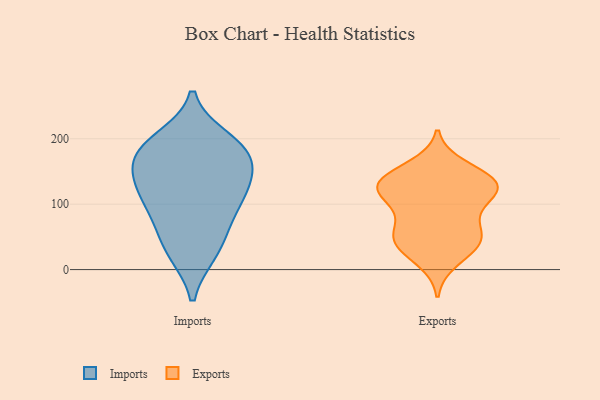
{"axis": {"x": "Website Visitors", "y": "Value"}, "legend": ["Exports", "Imports"], "data": [{"x": "", "y": 26, "type": "Imports"}, {"x": "", "y": 116, "type": "Imports"}, {"x": "", "y": 121, "type": "Imports"}, {"x": "", "y": 74, "type": "Imports"}, {"x": "", "y": 186, "type": "Imports"}, {"x": "", "y": 190, "type": "Imports"}, {"x": "", "y": 26, "type": "Imports"}, {"x": "", "y": 110, "type": "Imports"}, {"x": "", "y": 160, "type": "Imports"}, {"x": "", "y": 199, "type": "Imports"}, {"x": "", "y": 162, "type": "Imports"}, {"x": "", "y": 130, "type": "Imports"}, {"x": "", "y": 175, "type": "Imports"}, {"x": "", "y": 66, "type": "Imports"}, {"x": "", "y": 122, "type": "Exports"}, {"x": "", "y": 146, "type": "Exports"}, {"x": "", "y": 49, "type": "Exports"}, {"x": "", "y": 79, "type": "Exports"}, {"x": "", "y": 158, "type": "Exports"}, {"x": "", "y": 86, "type": "Exports"}, {"x": "", "y": 48, "type": "Exports"}, {"x": "", "y": 121, "type": "Exports"}, {"x": "", "y": 46, "type": "Exports"}, {"x": "", "y": 46, "type": "Exports"}, {"x": "", "y": 34, "type": "Exports"}, {"x": "", "y": 127, "type": "Exports"}, {"x": "", "y": 117, "type": "Exports"}, {"x": "", "y": 131, "type": "Exports"}, {"x": "", "y": 137, "type": "Exports"}, {"x": "", "y": 123, "type": "Exports"}, {"x": "", "y": 13, "type": "Exports"}]}